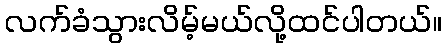
လက်ခံသွားလိမ့်မယ်လို့ထင်ပါတယ်။